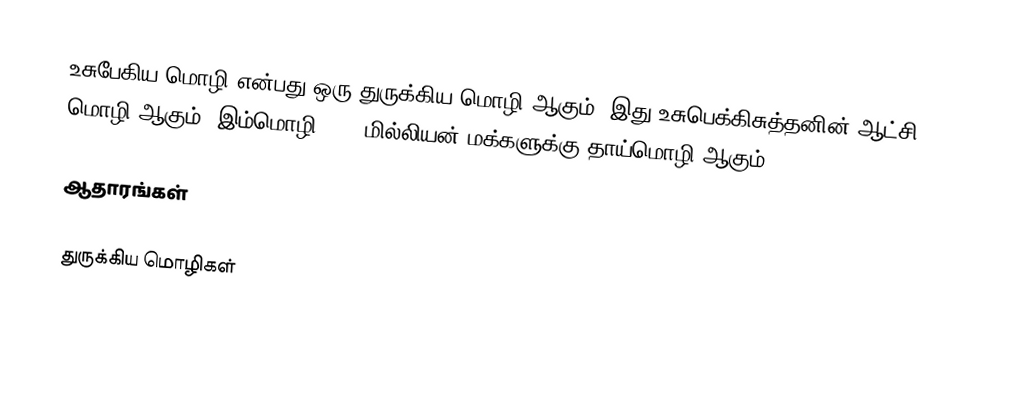
உசுபேகிய மொழி என்பது ஒரு துருக்கிய மொழி ஆகும். இது உசுபெக்கிசுத்தனின் ஆட்சி மொழி ஆகும். இம்மொழி 25.5 மில்லியன் மக்களுக்கு தாய்மொழி ஆகும்.

ஆதாரங்கள்

துருக்கிய மொழிகள்